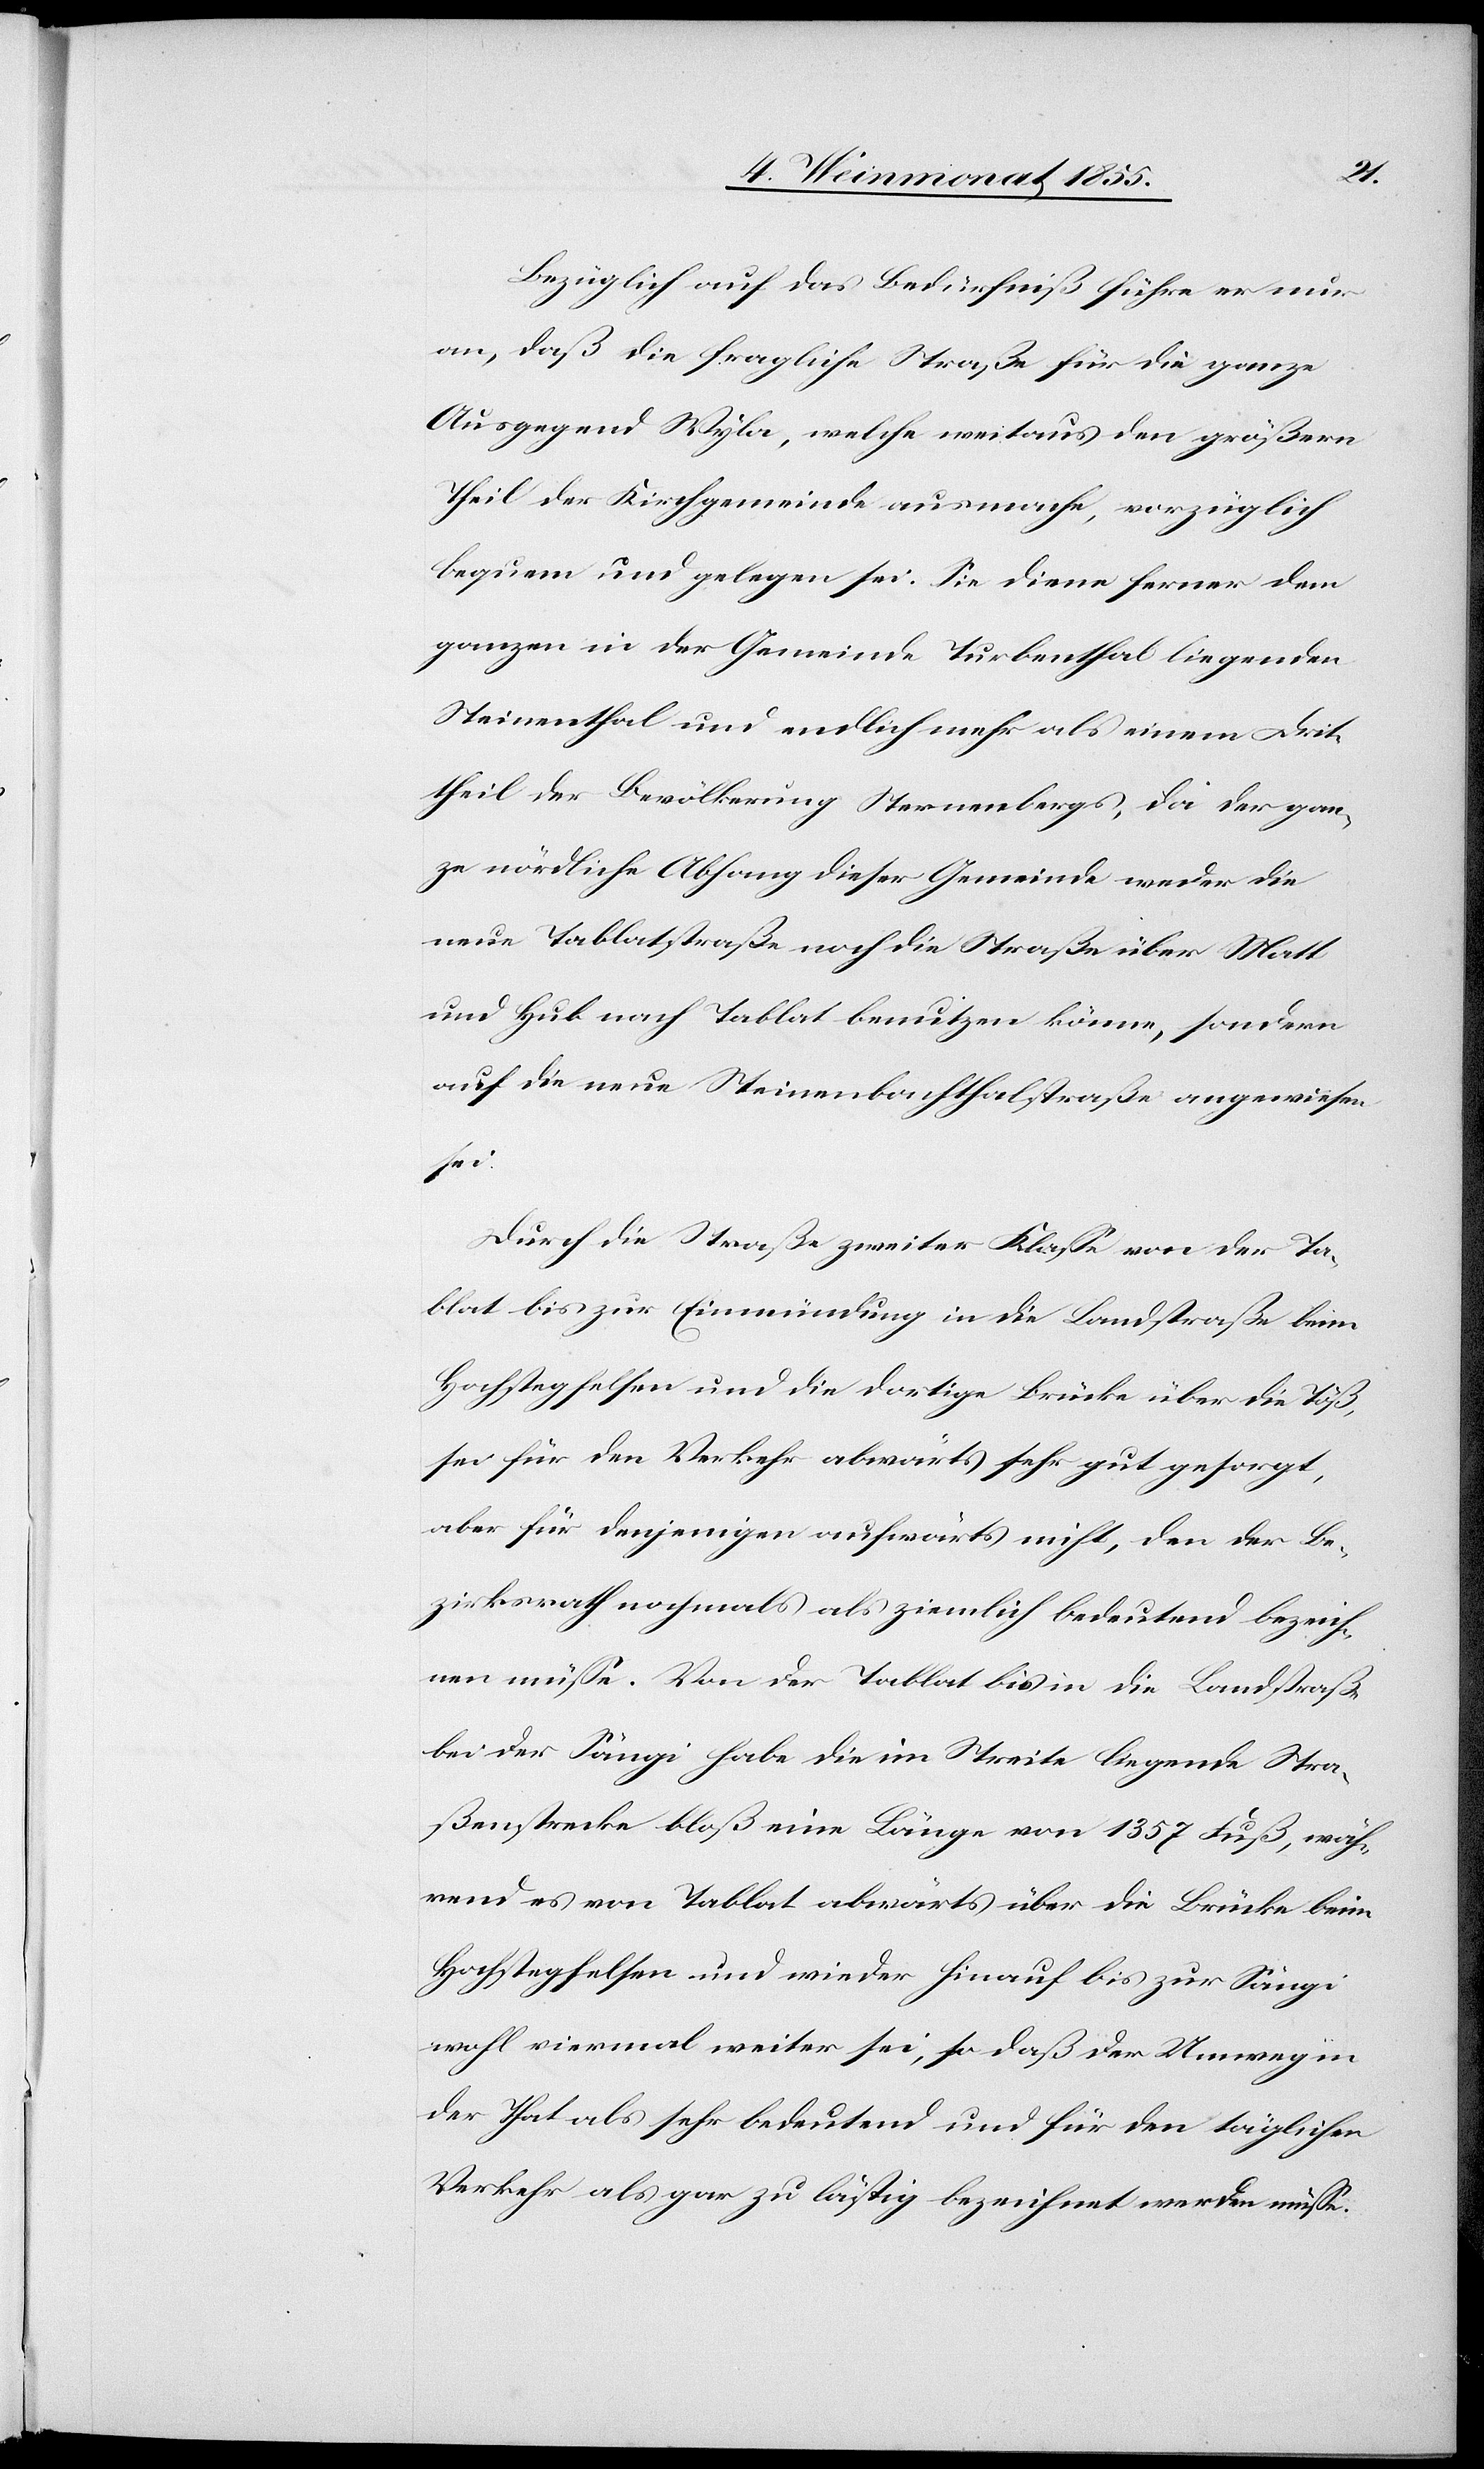
Bezüglich auf das Bedürfniß führe er nur
an, daß die fragliche Straße für die ganze
Ausgegend Wyla, welche weitaus den größern
Theil der Kirchgemeinde ausmache, vorzüglich
bequem und gelegen sei. Sie diene ferner dem
ganzen in der Gemeinde Turbenthal liegenden
Steinenthal und endlich mehr als einem Drit¬
theil der Bevölkerung Sternenbergs, da der gan¬
ze nördliche Abhang dieser Gemeinde weder die
neue Tablatstraße noch die Straße über Matt
und Hub nach Tablat benutzen könne, sondern
auf die neue Steinenbachthalstraße angewiesen
sei.
Durch die Straße zweiter Klasse von der Ta¬
blat bis zur Einmündung in die Landstraße beim
Hochstegfelsen und die dortige Brücke über die Töß,
sei für den Verkehr abwärts sehr gut gesorgt,
aber für denjenigen aufwärts nicht, den der Be¬
zirksrath nochmals als ziemlich bedeutend bezeich¬
nen müsse. Von der Tablat bis in die Landstraße
bei der Sängi habe die im Streite liegende Stra¬
ßenstrecke bloß eine Länge von 1357 Fuß, wäh¬
rend es von Tablat abwärts über die Brücke beim
Hochstegfelsen und wieder hinauf bis zur Sängi
wohl viermal weiter sei, so daß der Umweg in
der That als sehr bedeutend und für den täglichen
Verkehr als gar zu lästig bezeichnet werden müsse.